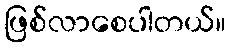
ဖြစ်လာစေပါတယ်။